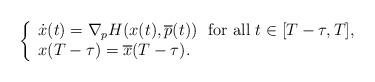
LaTeX: \begin{align*}\left\{\begin{array}{l} \dot{x}(t)= \nabla_p H(x(t),\overline{p}(t)) \ \mbox{ for all } t \in [T-\tau,T], \\x(T-\tau)=\overline{x}(T-\tau).\end{array}\right.\end{align*}